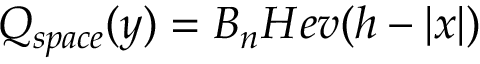
Q _ { s p a c e } ( y ) = B _ { n } H e v ( h - | x | )